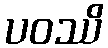
ပဝဿိ